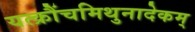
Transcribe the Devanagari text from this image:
यत्क्रौंचमिथुनादेकम्